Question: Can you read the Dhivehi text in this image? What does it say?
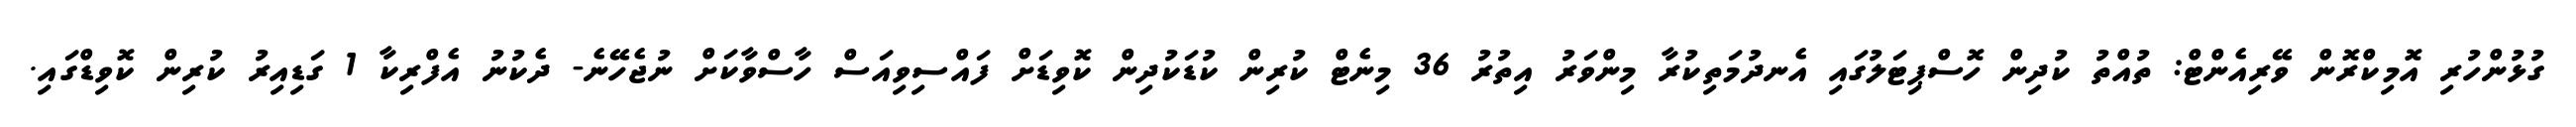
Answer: ގުޅުންހުރި އޮމިކްރޮން ވޭރިއެންޓް: ތުއްތު ކުދިން ހޮސްޕިޓަލުގައި އެނދުމަތިކުރާ މިންވަރު އިތުރު 36 މިނެޓް ކުރިން ކުޑަކުދިން ކޮވިޑަށް ފައްސިވިއަސް ހާސްވާކަށް ނުޖެހޭނެ- ދެކުނު އެފްރިކާ 1 ގަޑިއިރު ކުރިން ކޮވިޑްގައި.